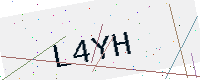
Text: L4YH